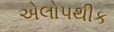
એલોપથીક